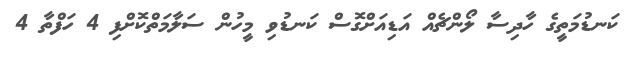
ކަނޑުމަތީގެ ހާދިސާ ލޯންޗެއް އަޑިއަށްގޮސް ކަނޑުވި މީހުން ސަލާމަތްކޮށްފި 4 ހަފްތާ 4